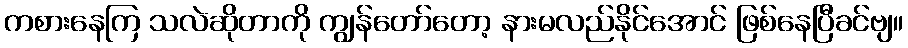
ကစားနေကြ သလဲဆိုတာကို ကျွန်တော်တော့ နားမလည်နိုင်အောင် ဖြစ်နေပြီခင်ဗျ။